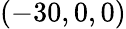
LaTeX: (-30,0,0)